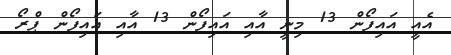
އެއީ އައިފޯން 13 މިނީ އާއި އައިފޯން 13 އާއި އައިފޯން ޕްރޯ